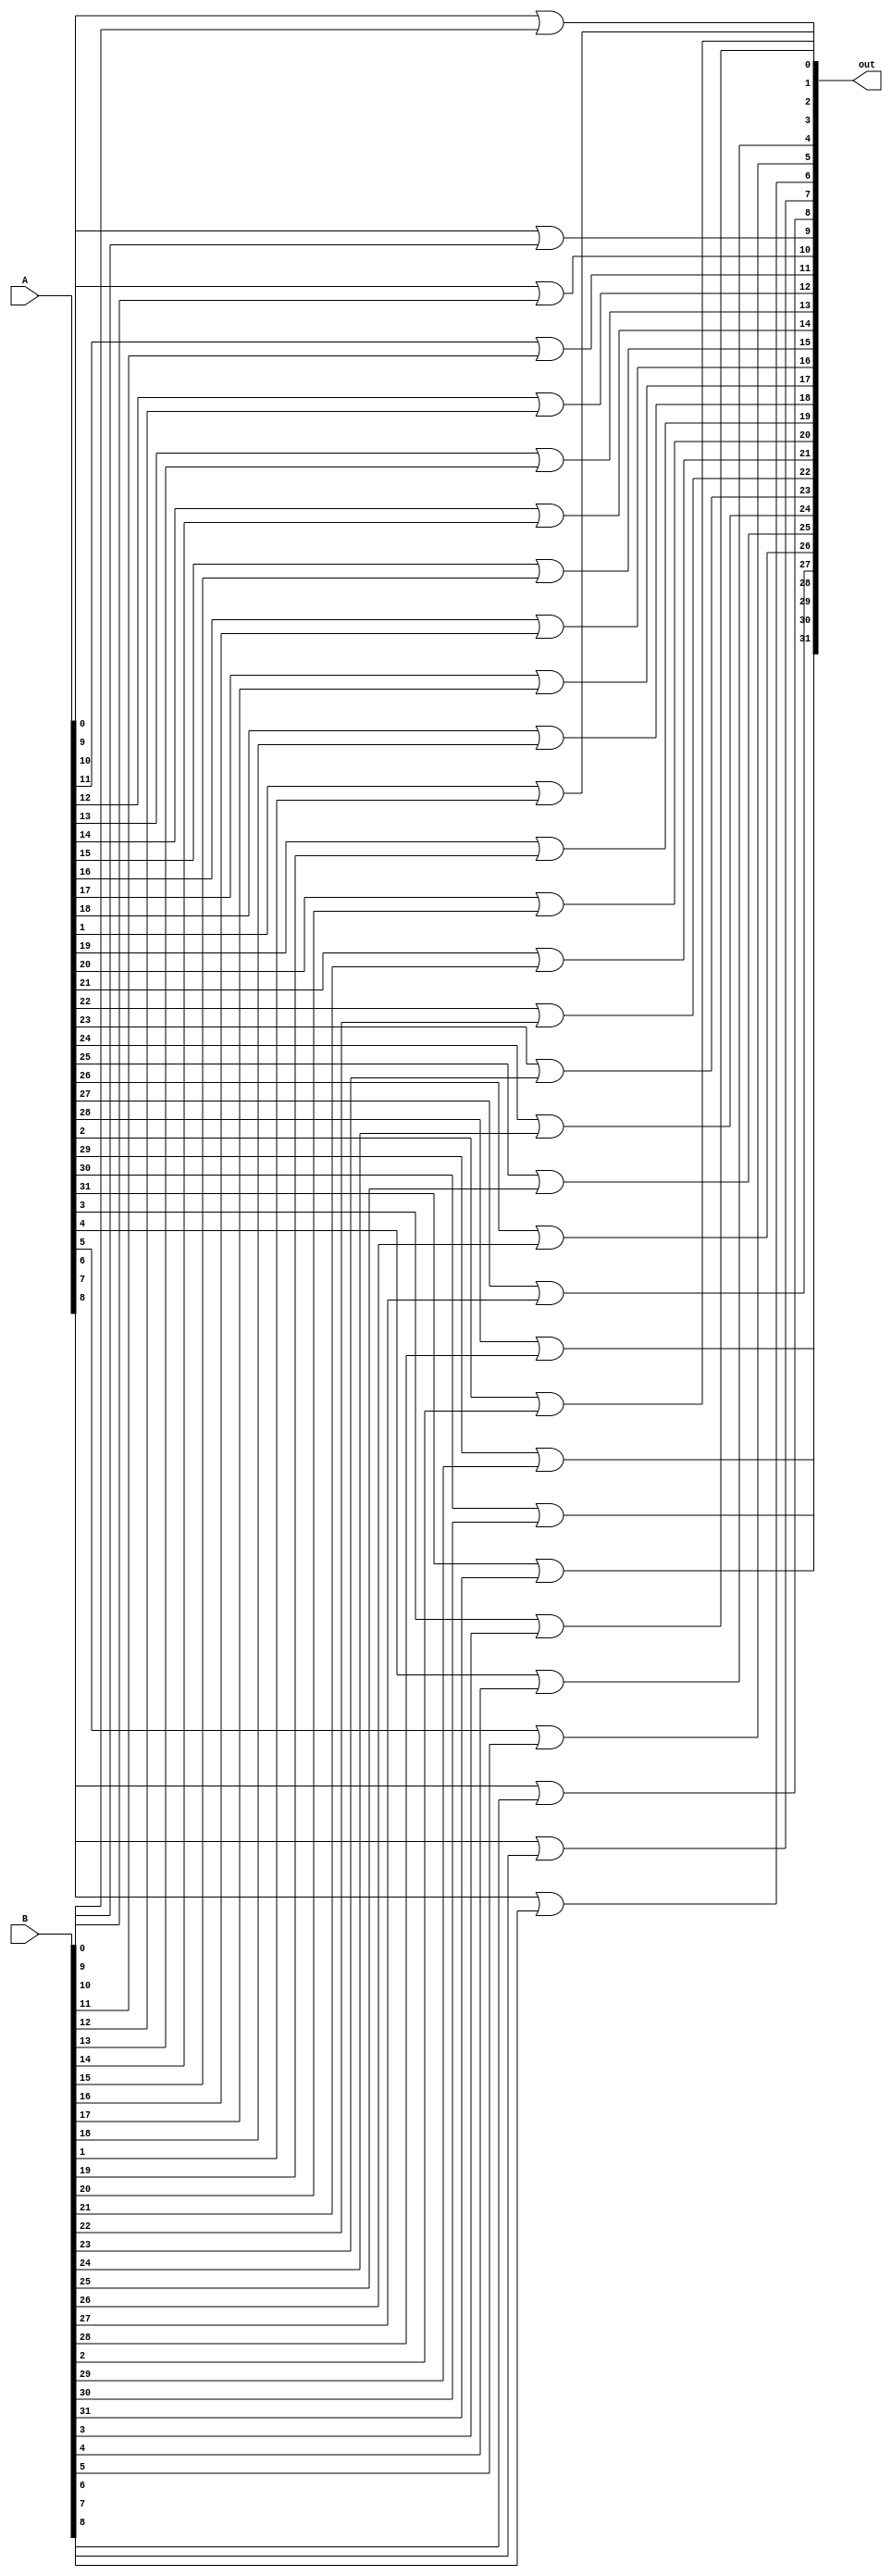
module OR_32bit (A, B, out);
	input[31:0] A, B;
	output[31:0] out;
	
	
	genvar i;
	generate
	for (i=0; i<32; i=i+1) begin:gene_or
		or OR1(out[i], A[i], B[i]);
	end
	endgenerate
	
endmodule